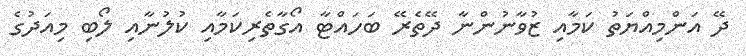
ދޭ އަންމިއްޔަތު ކަމާއި ޒުވާނުންނާ ދޭތެރޭ ބަހައްޓާ އޯގާތެރިކަމާއި ކުލުނާއި ލޯބި މިއަދުގެ